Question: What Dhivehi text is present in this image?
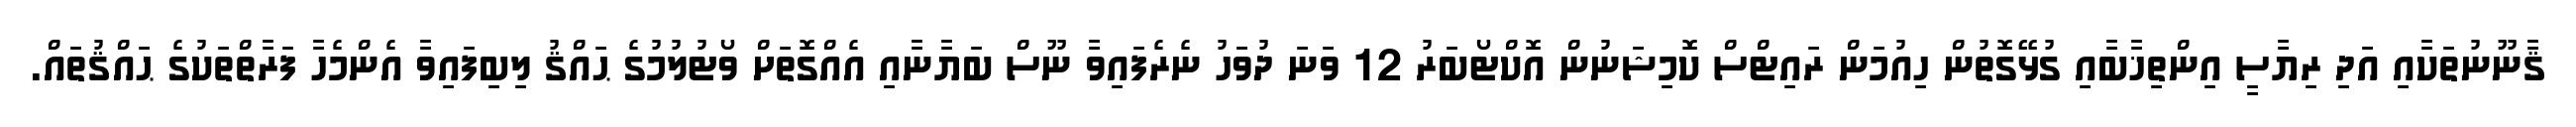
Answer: ޤާނޫނުތަކާއި އަދި ރިޔާސީ އިންތިޚާބާއި ގުޅޭގޮތުން ހިއުމަން ރައިޓްސް ކޮމިޝަނުން އޮކްޓޯބަރު 12 ވަނަ ދުވަހު ނެރެފައިވާ ނޫސް ބަޔާނާއި އެއްގޮތަށް ވޯޓުލުމުގެ ޙައްޤު ލިބިފައިވާ އެންމެހާ ފަރާތްތަކުގެ ޙައްޤުތައް.